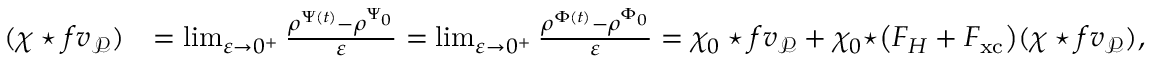
\begin{array} { r l } { ( \chi \star f v _ { \mathcal { P } } ) } & { = \operatorname* { l i m } _ { \varepsilon \rightarrow 0 ^ { + } } \frac { \rho ^ { \Psi ( t ) } - \rho ^ { \Psi _ { 0 } } } { \varepsilon } = \operatorname* { l i m } _ { \varepsilon \rightarrow 0 ^ { + } } \frac { \rho ^ { \Phi ( t ) } - \rho ^ { \Phi _ { 0 } } } { \varepsilon } = \chi _ { 0 } \star f v _ { \mathcal { P } } + \chi _ { 0 } \star \bigr ( F _ { H } + F _ { \mathrm { x c } } \bigr ) ( \chi \star f v _ { \mathcal { P } } ) , } \end{array}